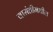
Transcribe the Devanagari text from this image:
वासंतीमधील